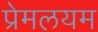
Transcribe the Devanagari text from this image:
प्रेमलयम